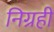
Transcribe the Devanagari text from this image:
निग्रही